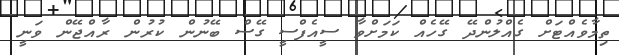
ތިމާވެއްޓަށް ގެއްލުންދޭ ގޭހެއް ކަމަށްވާ ސީއެފްސީ ގޭސް ބޭނުން ކުރުން ރާއްޖޭން ވަނީ